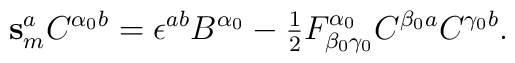
\mathbf{s}_m^a C^{\alpha_0 b} = \epsilon^{ab} B^{\alpha_0} -\hbox{$\frac{1}{2}$}F^{\alpha_0}_{\beta_0 \gamma_0} C^{\beta_0 a} C^{\gamma_0 b}.